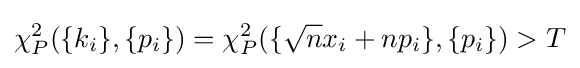
\chi _{P}^{2}(\{k_{i}\},\{p_{i}\})=\chi _{P}^{2}(\{{\sqrt {n}}x_{i}+np_{i}\},\{p_{i}\})>T